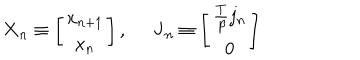
\mathbf { X } _ { n } \equiv \left[ \begin{array} { c } { { x _ { n + 1 } } } \\ { { x _ { n } } } \\ \end{array} \right] , \; \; \mathbf { J } _ { n } \equiv \left[ \begin{array} { c } { { \frac T \beta j _ { n } } } \\ { { 0 } } \\ \end{array} \right]